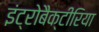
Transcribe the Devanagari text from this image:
इंट्रोबैक्टीरिया